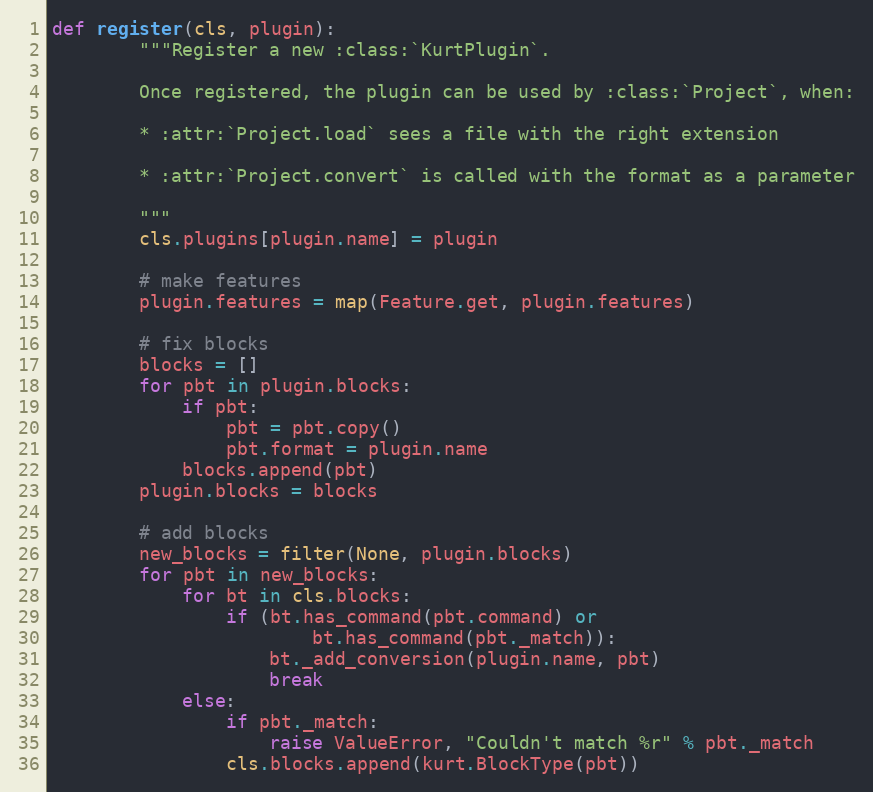
Language: Python
def register(cls, plugin):
        """Register a new :class:`KurtPlugin`.

        Once registered, the plugin can be used by :class:`Project`, when:

        * :attr:`Project.load` sees a file with the right extension

        * :attr:`Project.convert` is called with the format as a parameter

        """
        cls.plugins[plugin.name] = plugin

        # make features
        plugin.features = map(Feature.get, plugin.features)

        # fix blocks
        blocks = []
        for pbt in plugin.blocks:
            if pbt:
                pbt = pbt.copy()
                pbt.format = plugin.name
            blocks.append(pbt)
        plugin.blocks = blocks

        # add blocks
        new_blocks = filter(None, plugin.blocks)
        for pbt in new_blocks:
            for bt in cls.blocks:
                if (bt.has_command(pbt.command) or
                        bt.has_command(pbt._match)):
                    bt._add_conversion(plugin.name, pbt)
                    break
            else:
                if pbt._match:
                    raise ValueError, "Couldn't match %r" % pbt._match
                cls.blocks.append(kurt.BlockType(pbt))